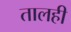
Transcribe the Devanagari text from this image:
तालही